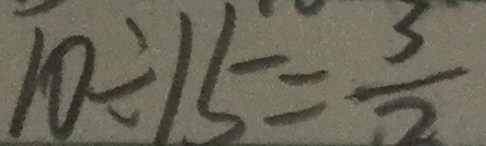
1 0 \div 1 5 = \frac { 3 } { 2 }